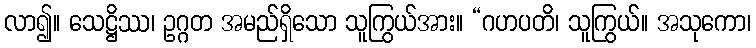
လာ၍။ သေဋ္ဌိဿ၊ ဥဂ္ဂတ အမည်ရှိသော သူကြွယ်အား။ “ဂဟပတိ၊ သူကြွယ်။ အသုကော၊